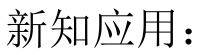
新知应用：